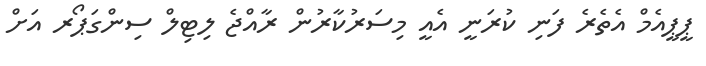
ޕީޕީއެމް އެތެރެ ފަނި ކުރަނީ އެއީ މިސަރުކާރުން ރާއްޖެ ލިޓިލް ސިންގަޕޯރ އަށް